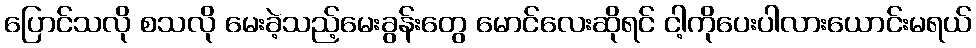
ပြောင်သလို စသလို မေးခဲ့သည့်မေးခွန်းတွေ မောင်လေးဆိုရင် ငါ့ကိုပေးပါလားယောင်းမရယ်